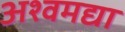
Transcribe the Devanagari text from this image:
अश्वमद्या